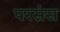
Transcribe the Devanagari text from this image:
परसंस